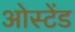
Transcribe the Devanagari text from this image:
ओस्टेंड